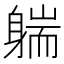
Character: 𰹄